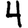
Digit: 4